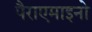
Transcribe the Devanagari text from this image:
पैराएमाइनो